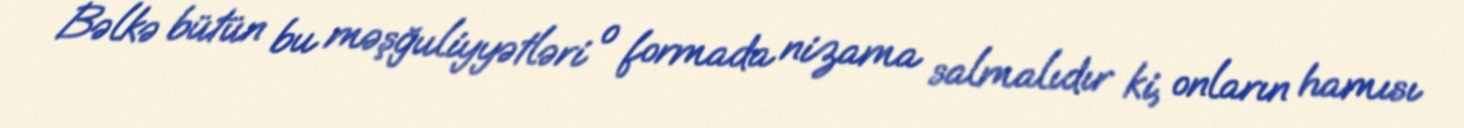
Bəlkə bütün bu məşğuliyyətləri o formada nizama salmalıdır ki, onların hamısı